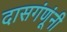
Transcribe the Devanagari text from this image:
दासगंणूंनी